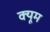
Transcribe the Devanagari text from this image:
क्यूम